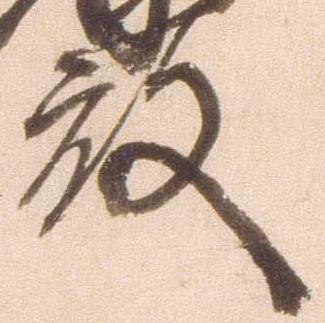
殿